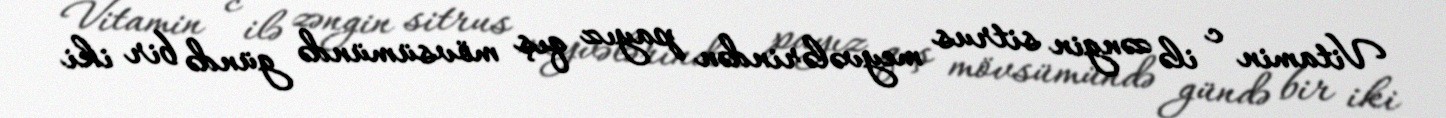
Vitamin c ilə zəngin sitrus meyvələrindən payız qış mövsümündə gündə bir iki